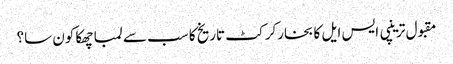
مقبول ترینپی ایس ایل کا بخارکرکٹ تاریخ کا سب سے لمبا چھکا کون سا؟